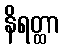
နိရတ္ထာ